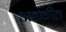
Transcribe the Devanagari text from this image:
अडवीत